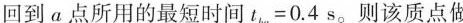
回到α点所用的最短时间t=0.4s。则该质点做简谐运